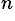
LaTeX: ^n